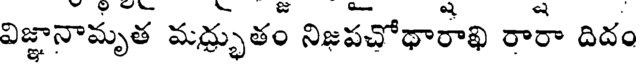
విజ్ఞానామృత మద్భుతం నిజపచోథారాఖి రారా దిదం